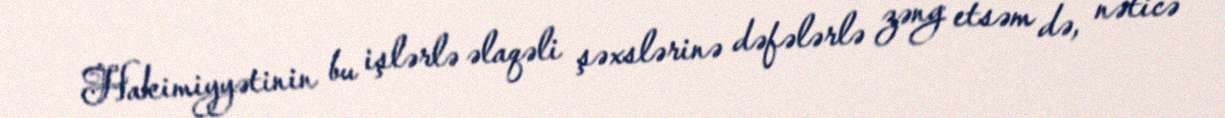
Hakimiyyətinin bu işlərlə əlaqəli şəxslərinə dəfələrlə zəng etsəm də, nəticə